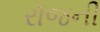
રૉજની